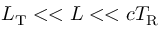
L _ { \mathrm { T } } < < L < < c T _ { \mathrm { R } }